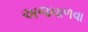
અજવાળવા